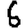
Digit: 6